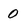
Character: 0